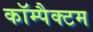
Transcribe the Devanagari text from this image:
कॉम्पैक्टम